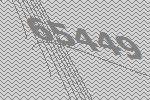
65449